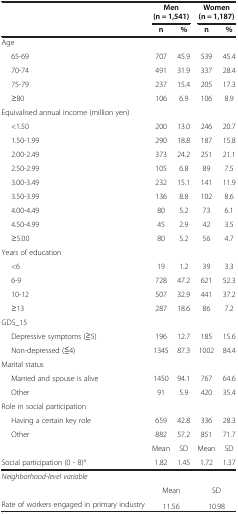
<table><thead><tr><td rowspan="2"><b> </b></td><td colspan="2"><b>Men (n = 1,541)</b></td><td colspan="2"><b>Women (n = 1,187)</b></td></tr><tr><td><b>n</b></td><td><b>%</b></td><td><b>n</b></td><td><b>%</b></td></tr></thead><tbody><tr><td colspan="5">Age</td></tr><tr><td>65-69</td><td>707</td><td>45.9</td><td>539</td><td>45.4</td></tr><tr><td>70-74</td><td>491</td><td>31.9</td><td>337</td><td>28.4</td></tr><tr><td>75-79</td><td>237</td><td>15.4</td><td>205</td><td>17.3</td></tr><tr><td>≥80</td><td>106</td><td>6.9</td><td>106</td><td>8.9</td></tr><tr><td colspan="5">Equivalised annual income (million yen)</td></tr><tr><td>&lt;1.50</td><td>200</td><td>13.0</td><td>246</td><td>20.7</td></tr><tr><td>1.50-1.99</td><td>290</td><td>18.8</td><td>187</td><td>15.8</td></tr><tr><td>2.00-2.49</td><td>373</td><td>24.2</td><td>251</td><td>21.1</td></tr><tr><td>2.50-2.99</td><td>105</td><td>6.8</td><td>89</td><td>7.5</td></tr><tr><td>3.00-3.49</td><td>232</td><td>15.1</td><td>141</td><td>11.9</td></tr><tr><td>3.50-3.99</td><td>136</td><td>8.8</td><td>102</td><td>8.6</td></tr><tr><td>4.00-4.49</td><td>80</td><td>5.2</td><td>73</td><td>6.1</td></tr><tr><td>4.50-4.99</td><td>45</td><td>2.9</td><td>42</td><td>3.5</td></tr><tr><td>≥5.00</td><td>80</td><td>5.2</td><td>56</td><td>4.7</td></tr><tr><td colspan="5">Years of education</td></tr><tr><td>&lt;6</td><td>19</td><td>1.2</td><td>39</td><td>3.3</td></tr><tr><td>6-9</td><td>728</td><td>47.2</td><td>621</td><td>52.3</td></tr><tr><td>10-12</td><td>507</td><td>32.9</td><td>441</td><td>37.2</td></tr><tr><td>≥13</td><td>287</td><td>18.6</td><td>86</td><td>7.2</td></tr><tr><td colspan="5">GDS_15</td></tr><tr><td>Depressive symptoms (≧5)</td><td>196</td><td>12.7</td><td>185</td><td>15.6</td></tr><tr><td>Non-depressed (≦4)</td><td>1345</td><td>87.3</td><td>1002</td><td>84.4</td></tr><tr><td colspan="5">Marital status</td></tr><tr><td>Married and spouse is alive</td><td>1450</td><td>94.1</td><td>767</td><td>64.6</td></tr><tr><td>Other</td><td>91</td><td>5.9</td><td>420</td><td>35.4</td></tr><tr><td colspan="5">Role in social participation</td></tr><tr><td>Having a certain key role</td><td>659</td><td>42.8</td><td>336</td><td>28.3</td></tr><tr><td>Other</td><td>882</td><td>57.2</td><td>851</td><td>71.7</td></tr><tr><td> </td><td>Mean</td><td>SD</td><td>Mean</td><td>SD</td></tr><tr><td>Social participation (0 - 8)<sup>a</sup></td><td>1.82</td><td>1.45</td><td>1.72</td><td>1.37</td></tr><tr><td colspan="5"><i>Neighborhood-level variable</i></td></tr><tr><td> </td><td colspan="2">Mean</td><td colspan="2">SD</td></tr><tr><td>Rate of workers engaged in primary industry</td><td colspan="2">11.56</td><td colspan="2">10.98</td></tr></tbody></table>